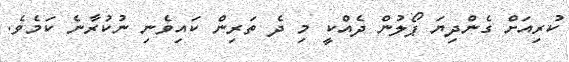
ކުރިއަށް ގެންދިޔަ ޕޯލުން ދެއްކީ މި ދެ ތަރިން ކައިވެނި ނުކުރާނެ ކަމެވެ.